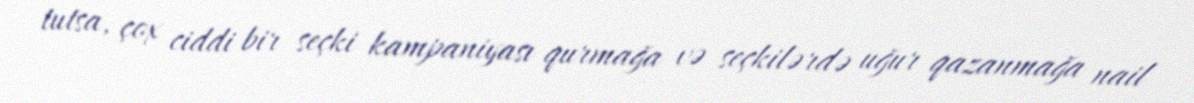
tutsa, çox ciddi bir seçki kampaniyası qurmağa və seçkilərdə uğur qazanmağa nail